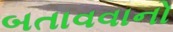
બતાવવાનો